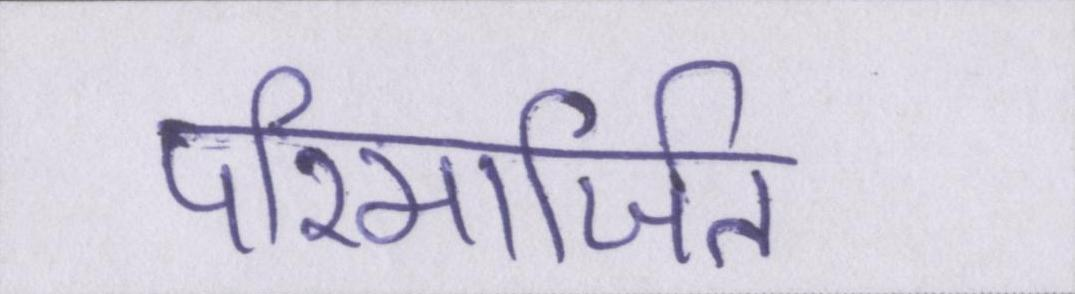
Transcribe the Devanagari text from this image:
परिमार्जित